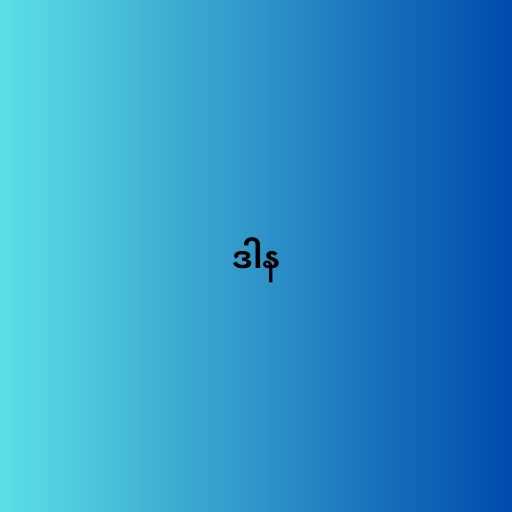
ဒါန